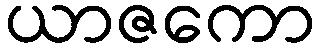
ယာဇကော